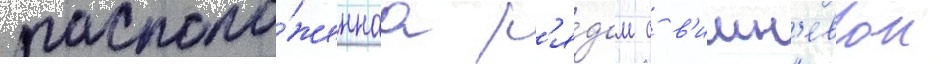
располо́женнаа р'я́дом с в'ишн'евои